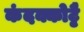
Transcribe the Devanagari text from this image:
कंदक्कोट्टै